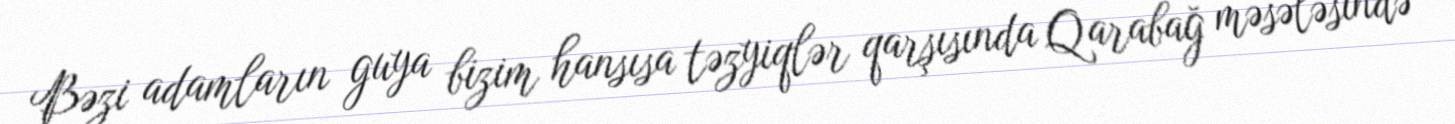
Bəzi adamların guya bizim hansısa təzyiqlər qarşısında Qarabağ məsələsində